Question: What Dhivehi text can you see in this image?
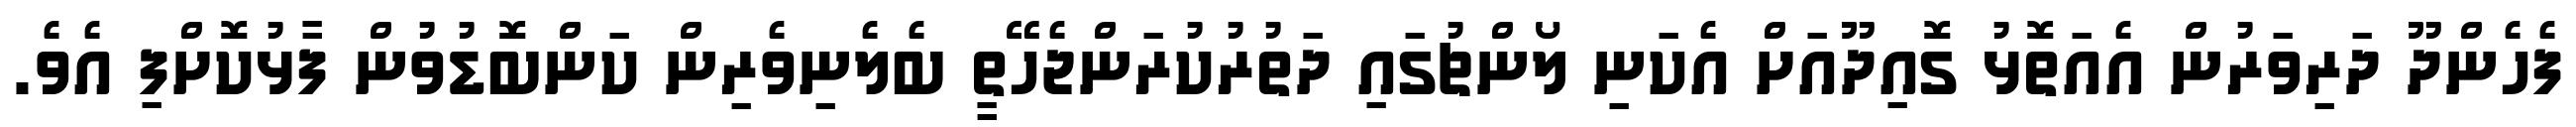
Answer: ފެހެންދޫ ދަރިވަރުން އެއަތޮޅު ގޮއިދޫއަށް އެކަނި ލޯންޗުގައި ދަތުރުކުރަންޖެހޭތީ ބެލެނިވެރިން ކަންބޮޑުވުން ފާޅުކޮށްފި އެވެ.